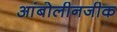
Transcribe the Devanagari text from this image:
आंबोलीनजीक